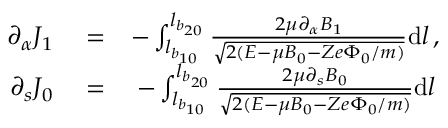
\begin{array} { r l r } { \partial _ { \alpha } J _ { 1 } } & { { } = } & { - \int _ { l _ { b _ { 1 0 } } } ^ { l _ { b _ { 2 0 } } } \frac { 2 \mu \partial _ { \alpha } B _ { 1 } } { \sqrt { 2 ( { \cal E } - \mu B _ { 0 } - Z e \Phi _ { 0 } / m ) } } \mathrm { d } l \, , } \\ { \partial _ { s } J _ { 0 } } & { { } = } & { - \int _ { l _ { b _ { 1 0 } } } ^ { l _ { b _ { 2 0 } } } \frac { 2 \mu \partial _ { s } B _ { 0 } } { \sqrt { 2 ( { \cal E } - \mu B _ { 0 } - Z e \Phi _ { 0 } / m ) } } \mathrm { d } l \, } \end{array}